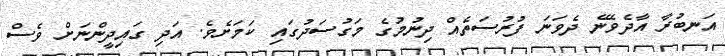
އަނބުރާ އާދެވޭނެ ދެވަނަ ފުރުސަތެއް ދިނުމުގެ މަގުސަދުގައި ކަމަށެވެ. އަދި ގައިދީންނަށް ވެސް